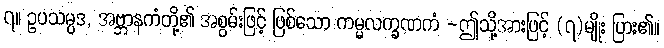
၇။ ဥပသမ္ပဒ, အဗ္ဘာနကံတို့၏ အစွမ်းဖြင့် ဖြစ်သော ကမ္မလက္ခဏကံ -ဤသို့အားဖြင့် (၇)မျိုး ပြား၏။